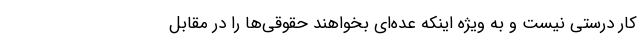
کار درستی نیست و به ویژه اینکه عده‌ای بخواهند حقوقی‌ها را در مقابل